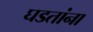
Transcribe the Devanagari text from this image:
घडतांना